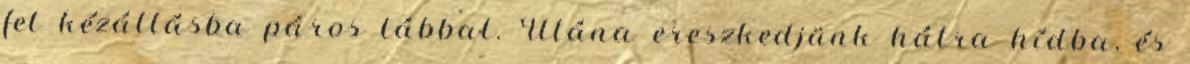
fel kézállásba páros lábbal. Utána ereszkedjünk hátra hídba, és